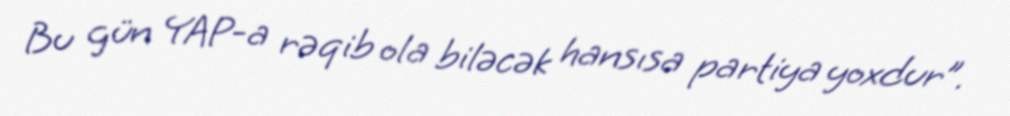
Bu gün YAP-a rəqib ola biləcək hansısa partiya yoxdur”.